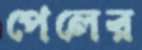
পেলের